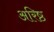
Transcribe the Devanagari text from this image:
अरिष्ठ